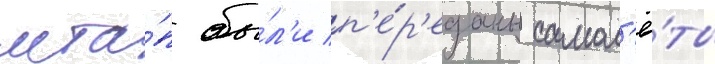
мта́п бы́л'и п'е́р'еданы самол'ё́ты